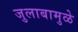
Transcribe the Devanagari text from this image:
जुलाबामुळे